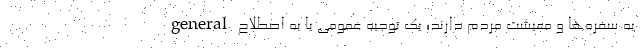
به سفره‌ها و معیشت مردم دارند؛ یک توجیه عمومی یا به اصطلاح general